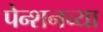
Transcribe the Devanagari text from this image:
पेन्शनच्या